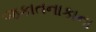
જકાતનાકાના